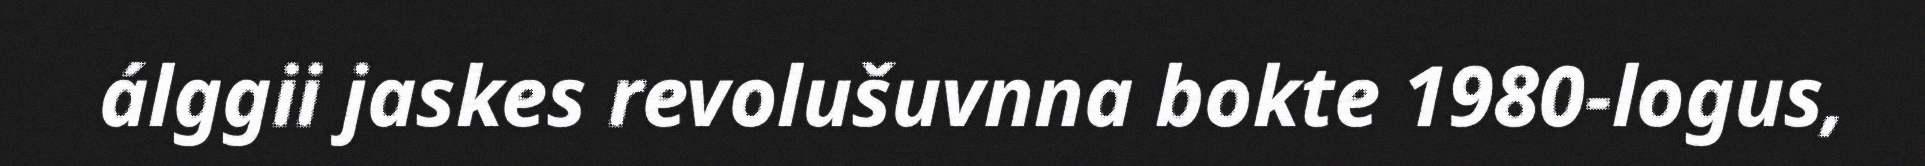
álggii jaskes revolušuvnna bokte 1980-logus,